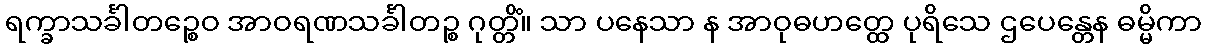
ရက္ခာသင်္ခါတဉ္စေဝ အာဝရဏသင်္ခါတဉ္စ ဂုတ္တိံ။ သာ ပနေသာ န အာဝုဓဟတ္ထေ ပုရိသေ ဌပေန္တေန ဓမ္မိကာ